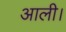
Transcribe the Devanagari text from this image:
आली।